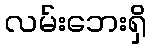
လမ်းဘေးရှိ